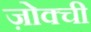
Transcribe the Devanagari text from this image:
ज़ोक्ची